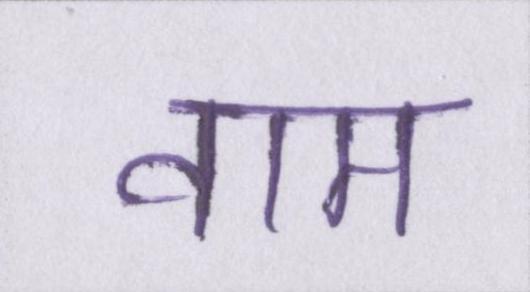
वाम